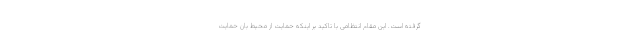
گرفته است. این مقام انتظامی با تاکید بر اینکه حمایت از محیط بان حمایت